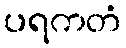
ပရကတံ